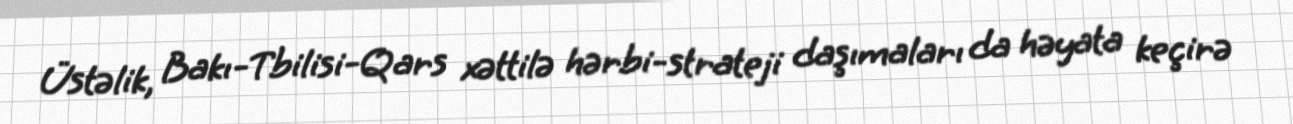
Üstəlik, Bakı-Tbilisi-Qars xəttilə hərbi-strateji daşımaları da həyata keçirə